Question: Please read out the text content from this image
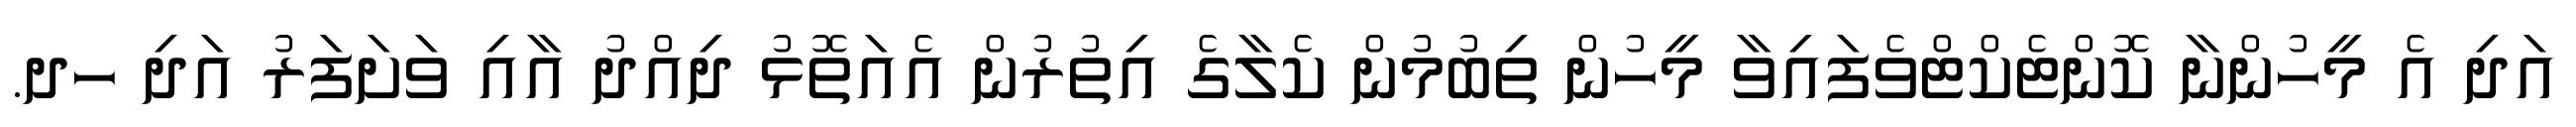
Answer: އަދި އެ މީހުންނާ ކޮންޓެކްޓްވެފައިވާ މީހުން ތިބުމުން ކެލާގެ އިތުރުން އެއަތޮޅު ދިއްދު އާއި ވަށަފަރު އަދި ހދ.